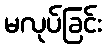
မလုပ်ခြင်း